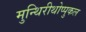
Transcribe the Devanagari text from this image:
मुन्थिरीथोप्पुकल